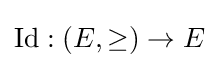
\operatorname {Id} :(E,\geq )\to E